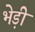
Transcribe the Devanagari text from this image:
भेड़ी